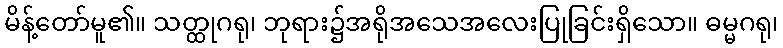
မိန့်တော်မူ၏။ သတ္ထုဂရု၊ ဘုရား၌အရိုအသေအလေးပြုခြင်းရှိသော။ ဓမ္မဂရု၊